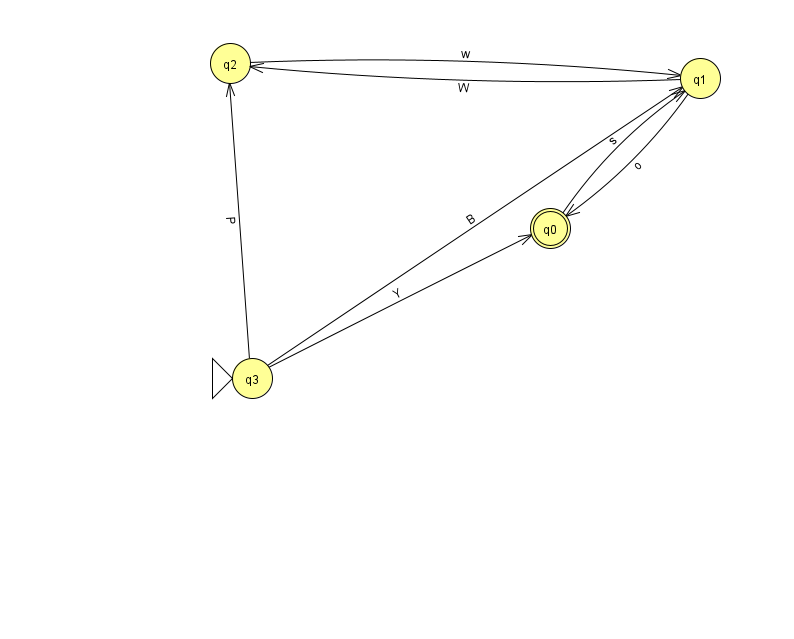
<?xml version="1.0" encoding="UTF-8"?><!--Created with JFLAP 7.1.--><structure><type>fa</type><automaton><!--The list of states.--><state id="0" name="q0"><x>550.0</x><y>215.0</y><final/></state><state id="1" name="q1"><x>700.0</x><y>65.0</y></state><state id="2" name="q2"><x>230.0</x><y>50.0</y></state><state id="3" name="q3"><x>252.0</x><y>365.0</y><initial/></state><!--The list of transitions.--><transition><from>1</from><to>0</to><read>o</read></transition><transition><from>1</from><to>2</to><read>W</read></transition><transition><from>2</from><to>1</to><read>w</read></transition><transition><from>3</from><to>1</to><read>B</read></transition><transition><from>3</from><to>2</to><read>P</read></transition><transition><from>3</from><to>0</to><read>Y</read></transition><transition><from>0</from><to>1</to><read>s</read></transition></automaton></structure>